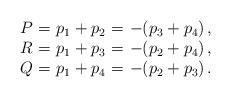
LaTeX: \begin{align*}\begin{array}{r@{=}l@{=}l}P \, \, & \, \, p_{1} + p_{2} \, \, & \, \, -(p_{3} + p_{4}) \, ,\\R \, \, & \, \, p_{1} + p_{3} \, \, & \, \, -(p_{2} + p_{4}) \, ,\\Q \, \, & \, \, p_{1} + p_{4} \, \, & \, \, -(p_{2} + p_{3}) \, .\end{array}\end{align*}